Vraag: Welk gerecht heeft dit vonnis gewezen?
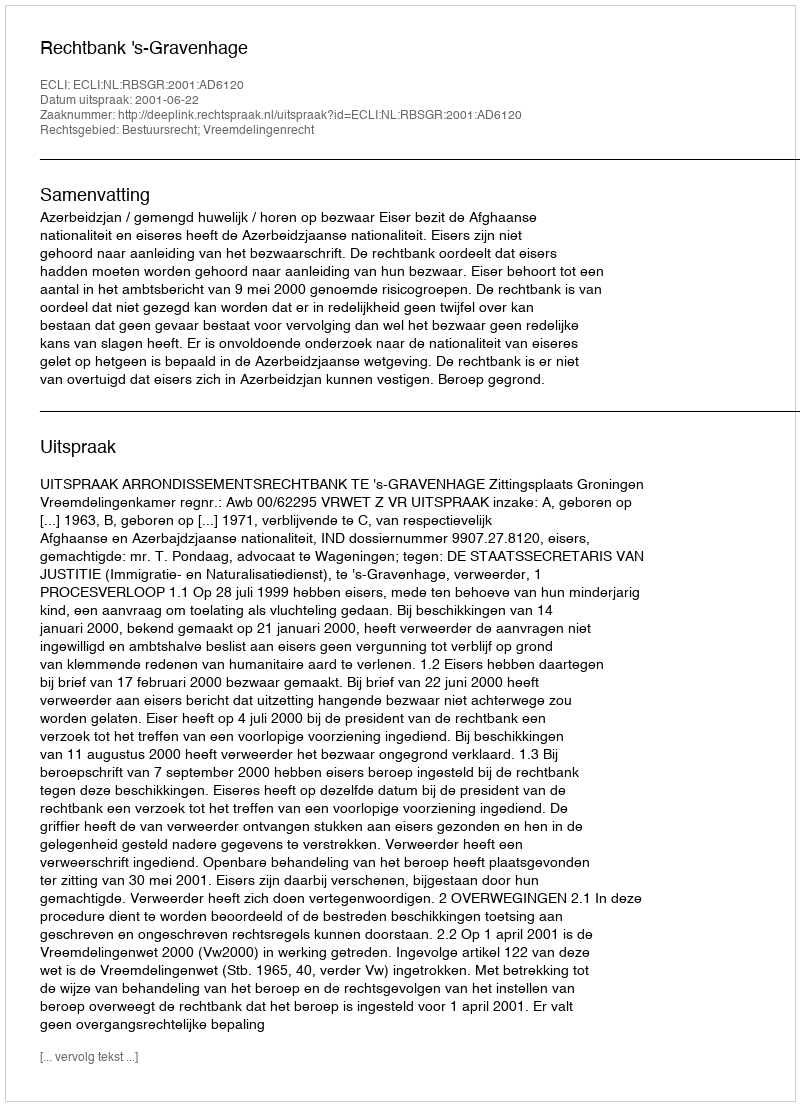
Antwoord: Rechtbank 's-Gravenhage